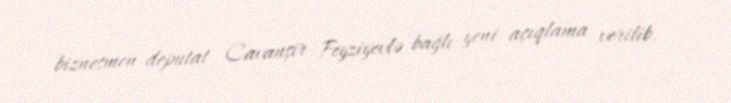
biznesmen-deputat Cavanşir Feyziyevlə bağlı yeni açıqlama verilib.